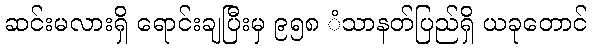
ဆင်းမလားရှိ ရောင်းချပြီးမှ ၉၅၈ ံသာနတ်ပြည်ရှိ ယခုတောင်